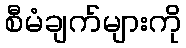
စီမံချက်များကို